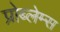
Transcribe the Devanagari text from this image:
प्रोब्लेम्स